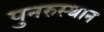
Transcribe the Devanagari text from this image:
पुनरुस्थान